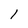
Character: 1